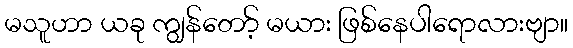
မသူဟာ ယခု ကျွန်တော့် မယား ဖြစ်နေပါရောလားဗျာ။